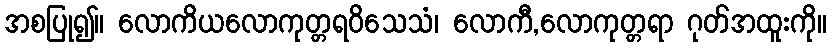
အစပြု၍။ လောကိယလောကုတ္တရဝိသေသံ၊ လောကီ,လောကုတ္တရာ ဂုတ်အထူးကို။